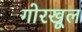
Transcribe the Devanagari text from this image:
गोरखूल